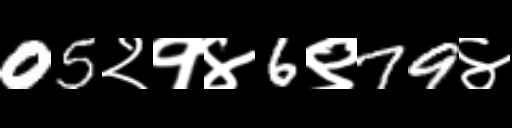
Text: 05२१४6९79४